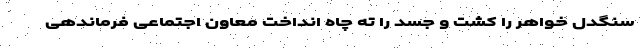
سنگدل خواهر را کُشت و جسد را ته چاه انداخت معاون اجتماعی فرماندهی